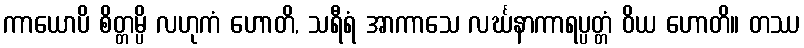
ကာယောပိ စိတ္တမ္ပိ လဟုကံ ဟောတိ, သရီရံ အာကာသေ လင်္ဃနာကာရပ္ပတ္တံ ဝိယ ဟောတိ။ တဿ